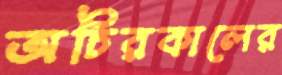
অচিরকালের